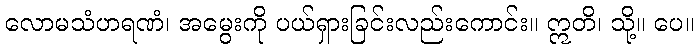
လောမသံဟရဏံ၊ အမွေးကို ပယ်ရှားခြင်းလည်းကောင်း။ ဣတိ၊ သို့။ ပေ။